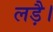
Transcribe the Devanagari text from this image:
लड़ै।